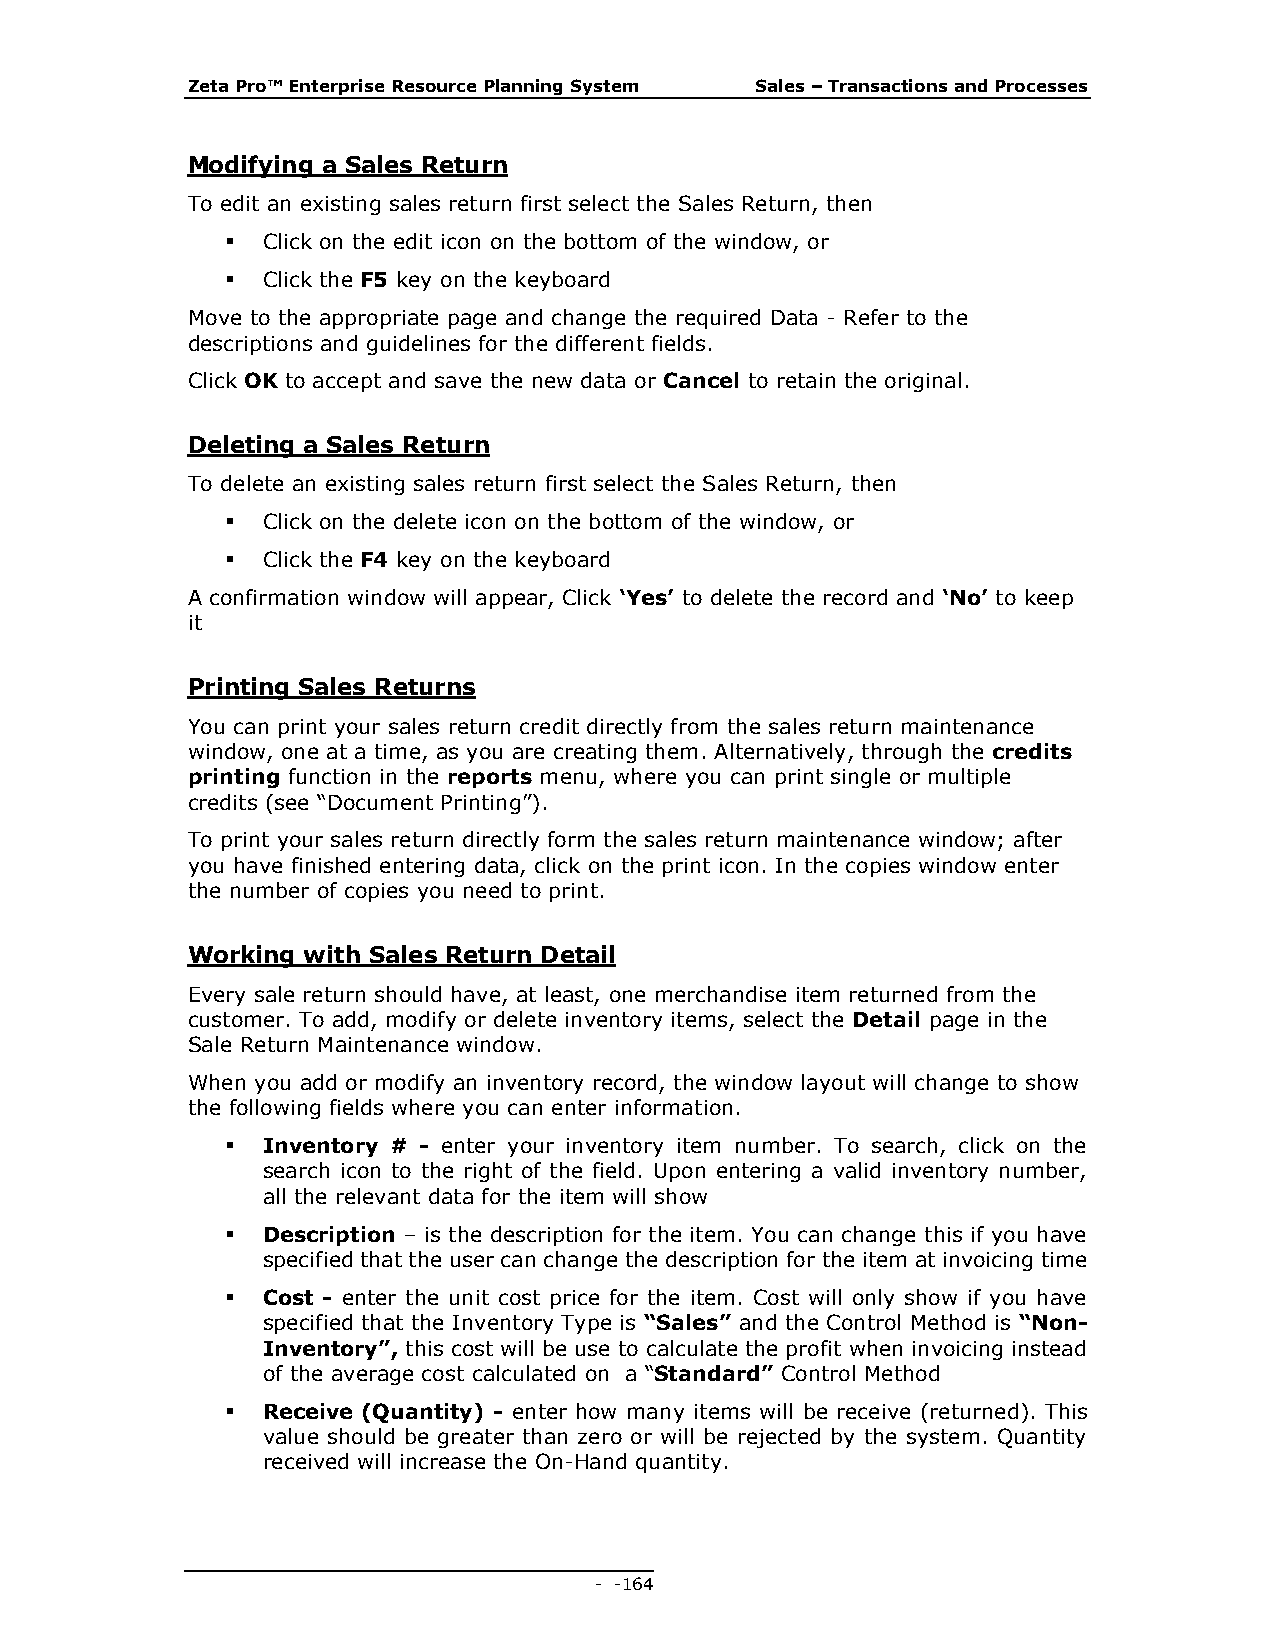
Zeta Pro™ Enterprise Resource Planning System Sales – Transactions and Processes
 Modifying a Sales Return
 To edit an existing sales return first select the Sales Return, then
  Click on the edit icon on the bottom of the window, or
  Click the F5 key on the keyboard
 Move to the appropriate page and change the required Data - Refer to the
 descriptions and guidelines for the different fields.
 Click OK to accept and save the new data or Cancel to retain the original.
 Deleting a Sales Return
 To delete an existing sales return first select the Sales Return, then
  Click on the delete icon on the bottom of the window, or
  Click the F4 key on the keyboard
 A confirmation window will appear, Click ‘Yes’ to delete the record and ‘No’ to keep
 it
 Printing Sales Returns
 You can print your sales return credit directly from the sales return maintenance
 window, one at a time, as you are creating them. Alternatively, through the credits
 printing function in the reports menu, where you can print single or multiple
 credits (see “Document Printing”).
 To print your sales return directly form the sales return maintenance window; after
 you have finished entering data, click on the print icon. In the copies window enter
 the number of copies you need to print.
 Working with Sales Return Detail
 Every sale return should have, at least, one merchandise item returned from the
 customer. To add, modify or delete inventory items, select the Detail page in the
 Sale Return Maintenance window.
 When you add or modify an inventory record, the window layout will change to show
 the following fields where you can enter information.
  Inventory # - enter your inventory item number. To search, click on the
 search icon to the right of the field. Upon entering a valid inventory number,
 all the relevant data for the item will show
  Description – is the description for the item. You can change this if you have
 specified that the user can change the description for the item at invoicing time
  Cost - enter the unit cost price for the item. Cost will only show if you have
 specified that the Inventory Type is “Sales” and the Control Method is “Non-
 Inventory”, this cost will be use to calculate the profit when invoicing instead
 of the average cost calculated on a “Standard” Control Method
  Receive (Quantity) - enter how many items will be receive (returned). This
 value should be greater than zero or will be rejected by the system. Quantity
 received will increase the On-Hand quantity.
 - - 164